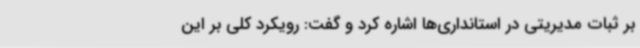
بر ثبات مدیریتی در استانداری‌ها اشاره کرد و گفت: رویکرد کلی بر این